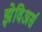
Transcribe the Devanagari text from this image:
झेविअर्स